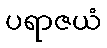
ပရာဇယံ